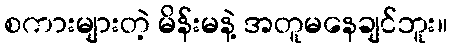
စကားများတဲ့ မိန်းမနဲ့ အတူမနေချင်ဘူး။